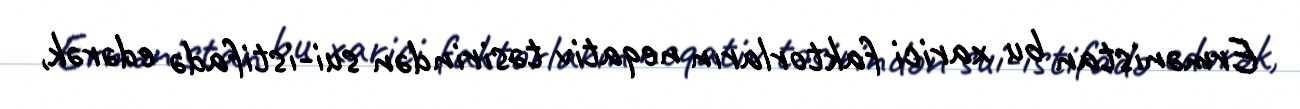
Ermənistan bu xarici faktorların neqativ təsirindən sui-istifadə edərək,